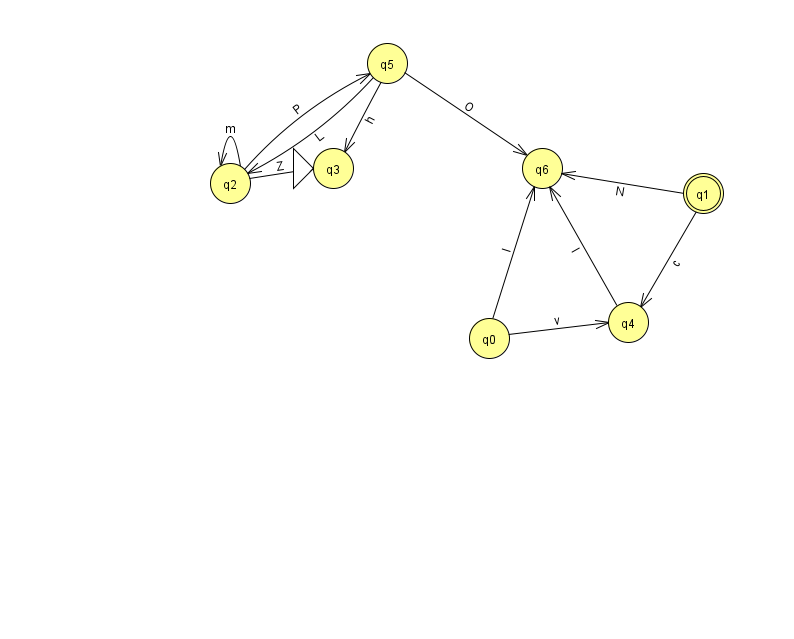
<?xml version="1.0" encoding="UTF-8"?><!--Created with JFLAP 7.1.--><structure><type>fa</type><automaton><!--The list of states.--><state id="0" name="q0"><x>489.0</x><y>325.0</y></state><state id="1" name="q1"><x>703.0</x><y>180.0</y><final/></state><state id="2" name="q2"><x>230.0</x><y>170.0</y></state><state id="3" name="q3"><x>333.0</x><y>155.0</y><initial/></state><state id="4" name="q4"><x>628.0</x><y>309.0</y></state><state id="5" name="q5"><x>387.0</x><y>50.0</y></state><state id="6" name="q6"><x>542.0</x><y>155.0</y></state><!--The list of transitions.--><transition><from>2</from><to>5</to><read>P</read></transition><transition><from>0</from><to>4</to><read>v</read></transition><transition><from>1</from><to>4</to><read>c</read></transition><transition><from>1</from><to>6</to><read>N</read></transition><transition><from>5</from><to>2</to><read>L</read></transition><transition><from>0</from><to>6</to><read>I</read></transition><transition><from>5</from><to>3</to><read>h</read></transition><transition><from>5</from><to>6</to><read>O</read></transition><transition><from>2</from><to>2</to><read>m</read></transition><transition><from>2</from><to>3</to><read>Z</read></transition><transition><from>4</from><to>6</to><read>l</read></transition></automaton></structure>